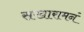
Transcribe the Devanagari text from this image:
सखारामनं